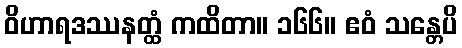
ဝိဟာရဒဿနတ္ထံ ကထိတာ။ ၁၆၆။ ဧဝံ သန္တေပိ